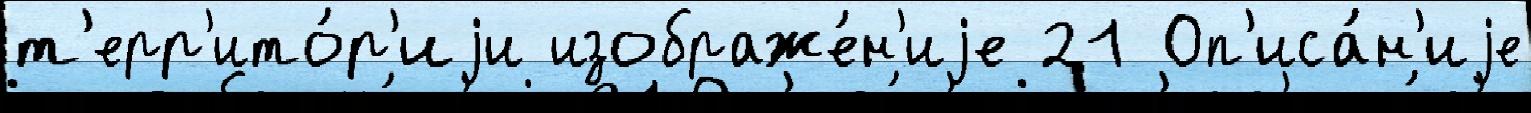
т'ерр'ито́р'иjи изображе́н'иjе 21 Оп'иса́н'иjе